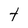
Character: t